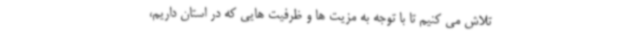
تلاش می کنیم تا با توجه به مزیت ها و ظرفیت هایی که در استان داریم،